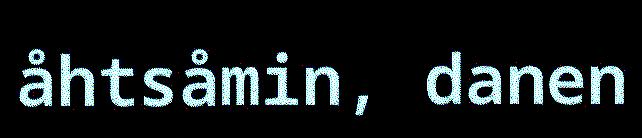
åhtsåmin, danen